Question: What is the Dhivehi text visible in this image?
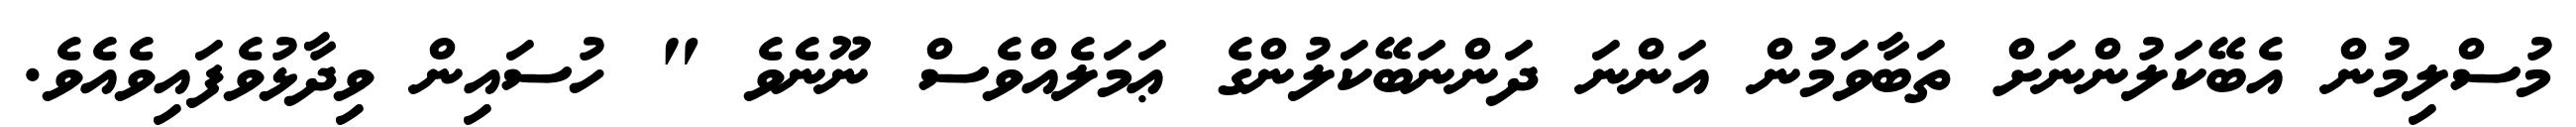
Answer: މުސްލިމުން އެބޭކަލުންނަށް ތަބާވަމުން އަންނަ ދަންނަބޭކަލުންގެ ޢަމަލެއްވެސް ނޫނެވެ " ހުސައިން ވިދާޅުވެފައިވެއެވެ.